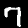
Label: 7